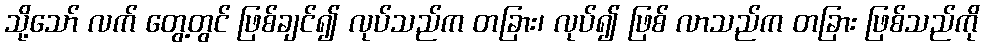
သို့သော် လက် တွေ့တွင် ဖြစ်ချင်၍ လုပ်သည်က တခြား၊ လုပ်၍ ဖြစ် လာသည်က တခြား ဖြစ်သည်ကို